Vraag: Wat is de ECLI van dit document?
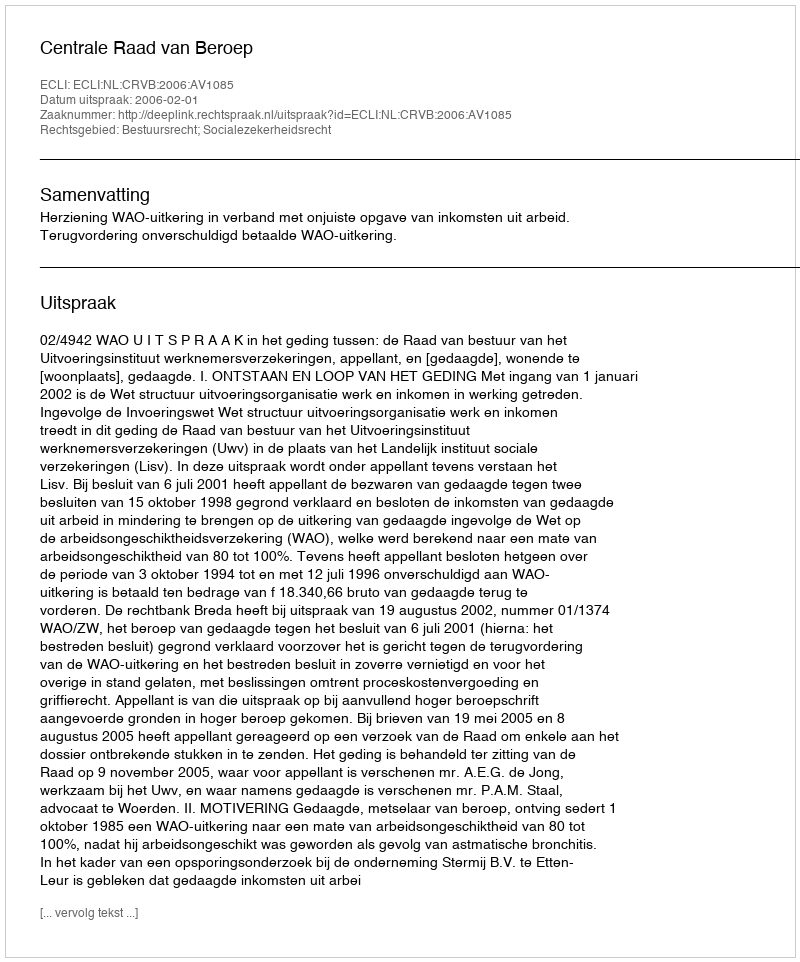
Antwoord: ECLI:NL:CRVB:2006:AV1085